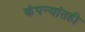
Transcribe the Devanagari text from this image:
कंपन्यांतही